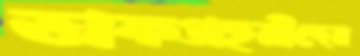
ডাকপ্রহরীদের